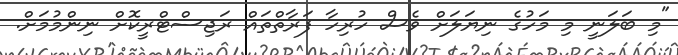
"މި ބަލަނީ މި މަހުގެ ނިޔަލަށް ވެސް ހުރިހާ ފަރާތްތައް ރަޖިސްޓްރީކޮށް ނިންމުމަށް.